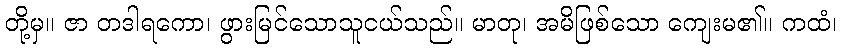
တို့မှ။ ဇာ တဒါရကော၊ ဖွားမြင်သောသူငယ်သည်။ မာတု၊ အမိဖြစ်သော ကျေးမ၏။ ကထံ၊